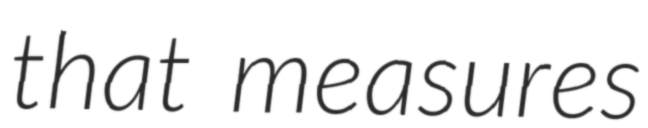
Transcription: that measures